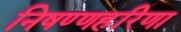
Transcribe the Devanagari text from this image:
निषण्णहरिणा